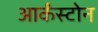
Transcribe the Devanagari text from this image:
आर्कंस्टोन